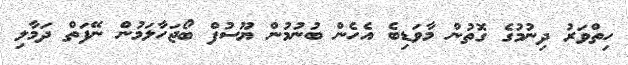
ހިތްވަރު ދިނުމުގެ ގޮތުން މާވަޑިބެ އެހެން ބުނުމުން ޔޫސުފް ބޯޖަހާލަމުން ނޭފަތް ދަމާލި